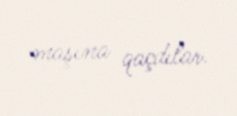
maşına qaçdılar.